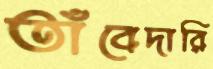
তাঁবেদারি